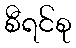
စီရင်စု